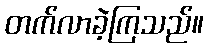
တက်လာခဲ့ကြသည်။